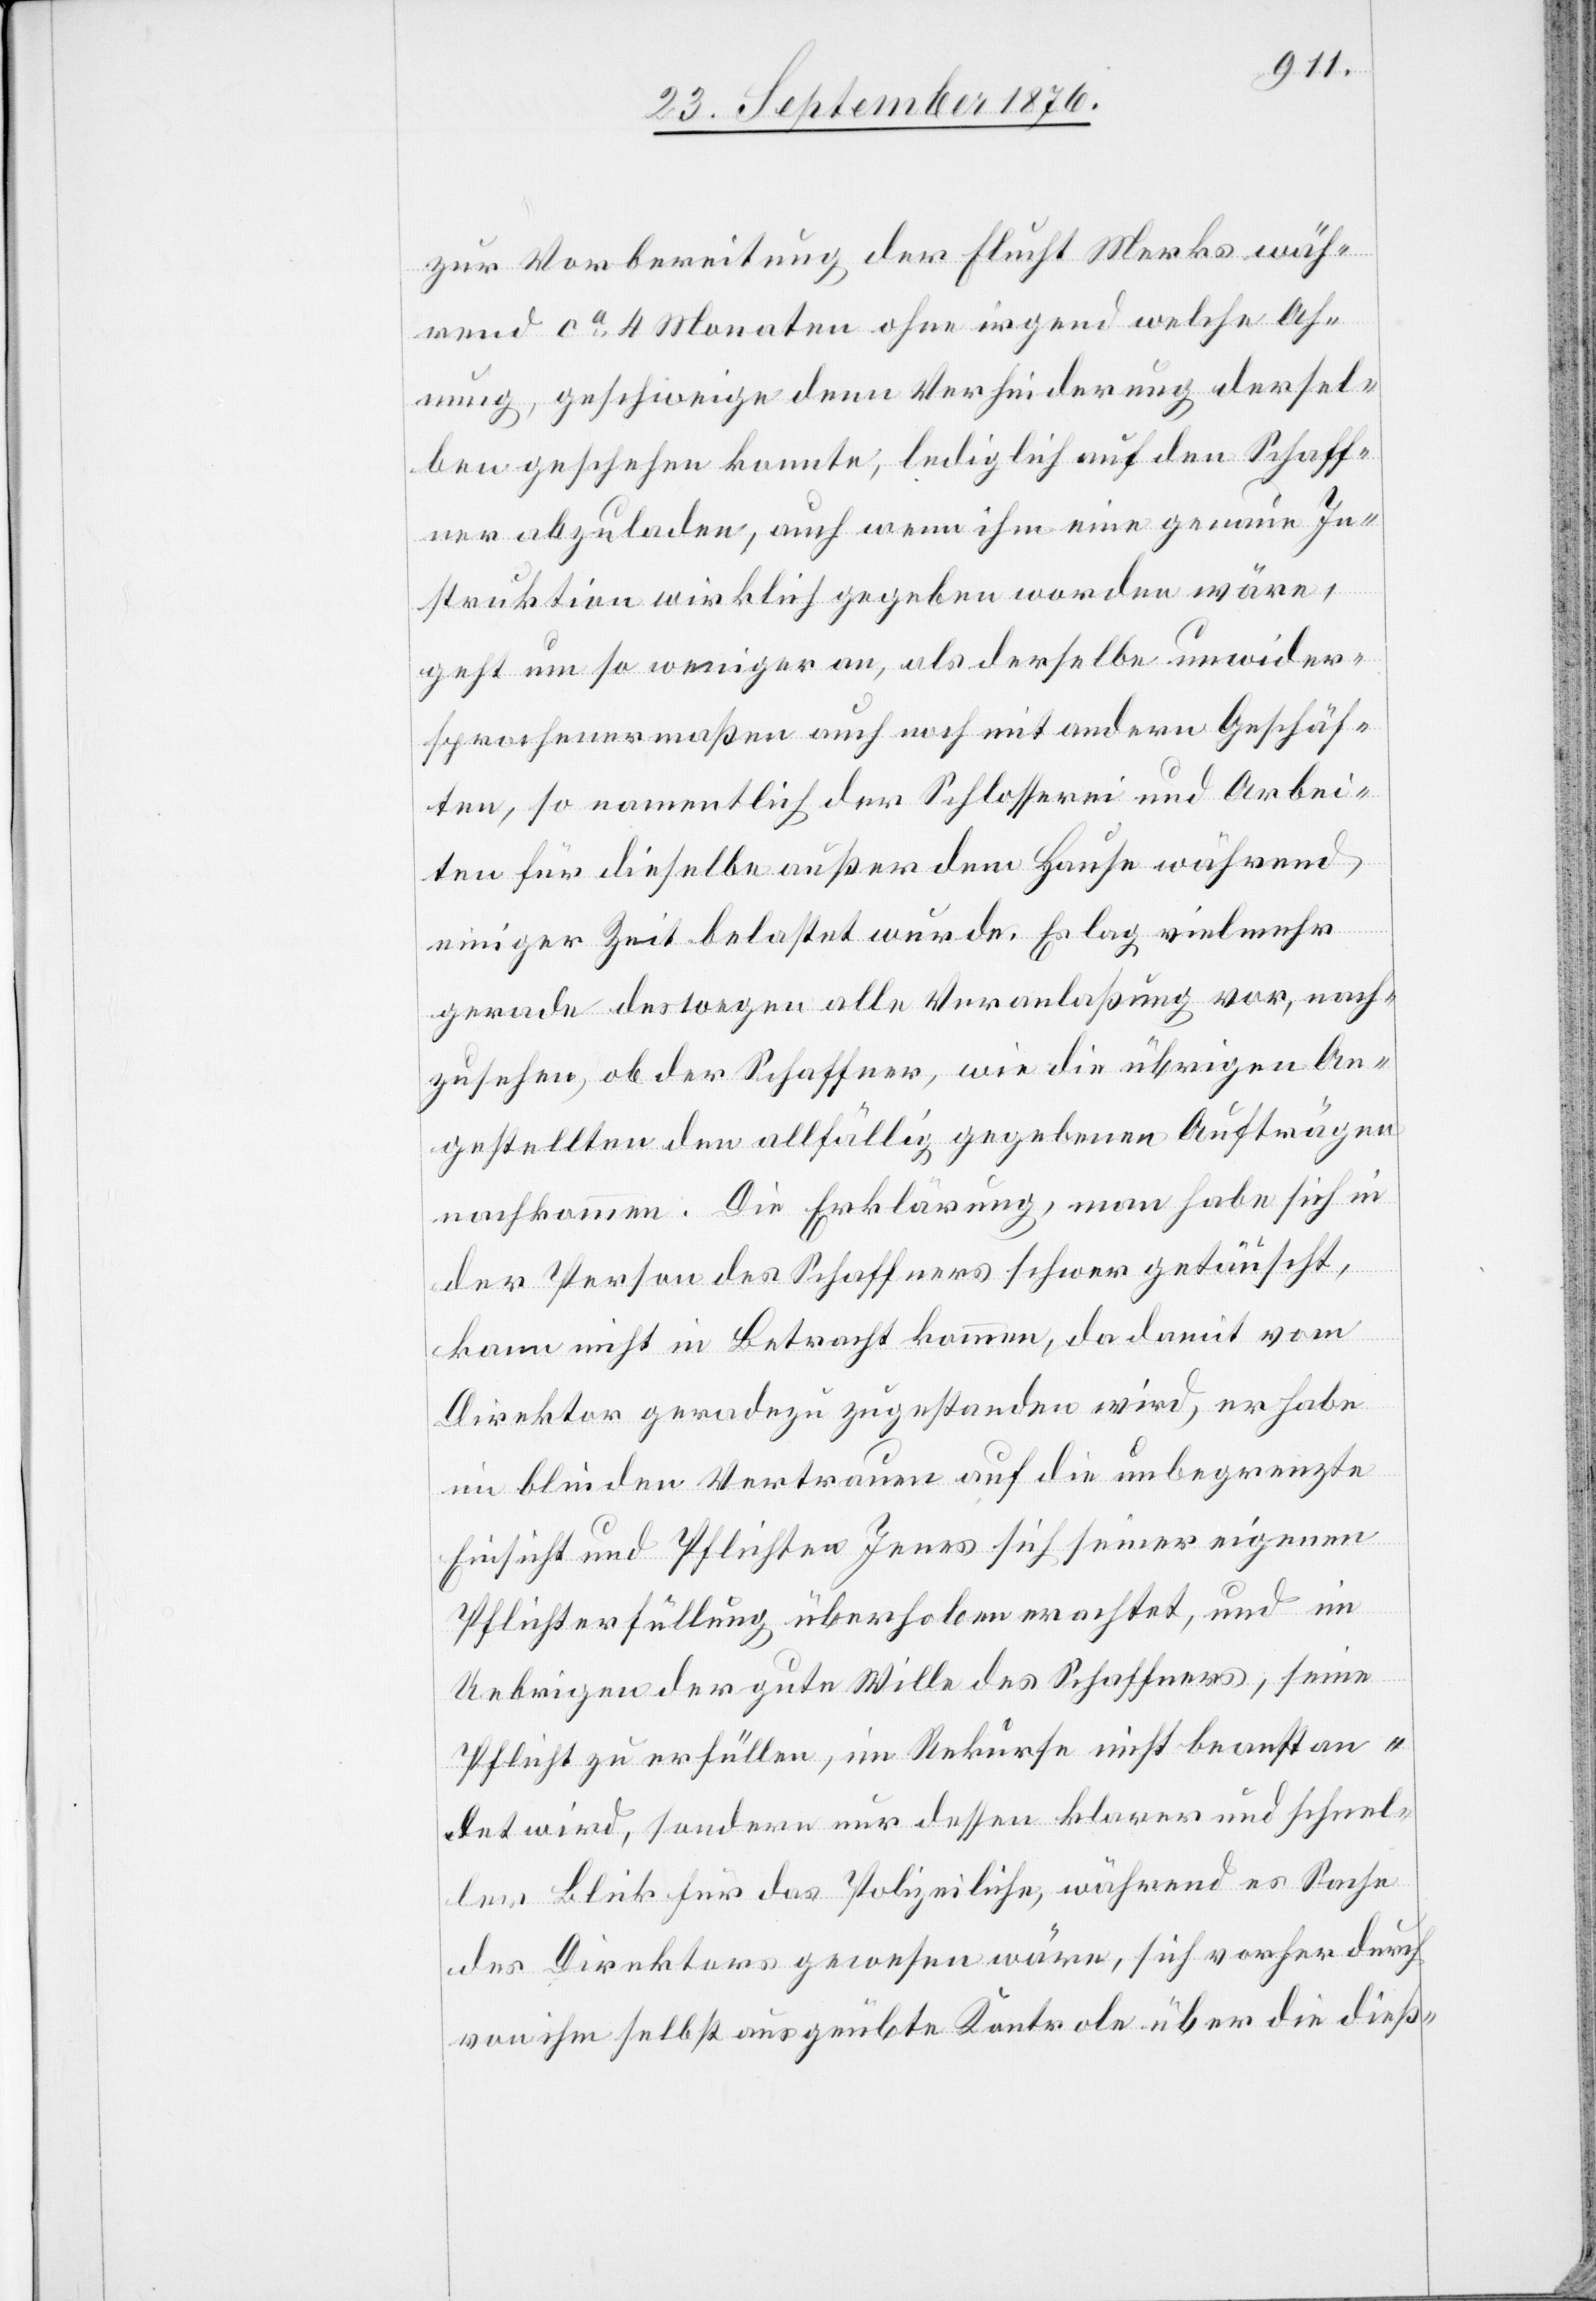
zur Vorbereitung der Flucht Merks wäh¬
rend ca 4 Monaten ohne irgend welche Ah¬
nung, geschweige denn Verhinderung dersel¬
ben geschehen konnte, lediglich auf den Schaff¬
ner abzuladen, auch wenn ihm eine genaue In¬
struktion wirklich gegeben worden wäre,
geht um so weniger an, als derselbe unwider¬
sprochenermaßen auch noch mit andern Geschäf¬
ten, so namentlich Schlosserei und Arbei¬
ten für dieselbe außer dem Hause während
einiger Zeit belastet wurde. Es lag vielmehr
gerade deswegen alle Veranlaßung vor, nach¬
zusehen, ob der Schaffner, wie die übrigen An¬
gestellten den allfällig gegebenen Aufträgen
nachkomme. Die Erklärung, man habe sich in
der Person des Schaffners schwer getäuscht,
kann nicht in Betracht kommen, da damit vom
Direktor geradezu zugestanden wird, er habe
im blinden Vertrauen auf die unbegrenzte
Einsicht und Pflichten Jenes sich seiner eigenen
Pflichterfüllung überhoben erachtet, und im
Uebrigen der gute Wille des Schaffners, seine
Pflicht zu erfüllen, im Rekurse nicht beanstan¬
det wird, sondern nur dessen klarer und schnel¬
ler Blick für das Polizeiliche, während es Sache
des Direktors gewesen wäre, sich vorher durch
von ihm selbst ausgeübte Kontrole über die dieß-